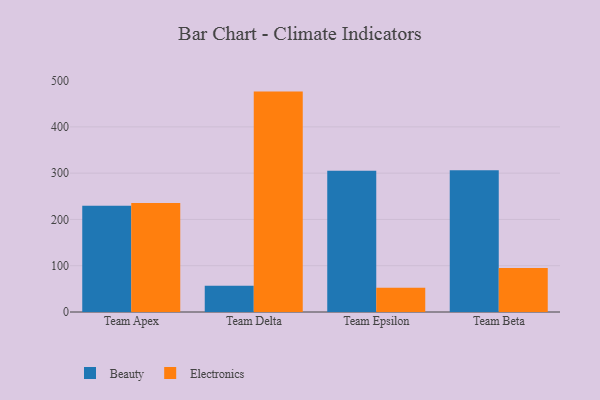
{"axis": {"x": "Team", "y": "Tickets Resolved"}, "legend": ["Beauty", "Electronics"], "data": [{"x": "Team Apex", "y": 229.3, "type": "Beauty"}, {"x": "Team Apex", "y": 235.5, "type": "Electronics"}, {"x": "Team Delta", "y": 56.7, "type": "Beauty"}, {"x": "Team Delta", "y": 476.2, "type": "Electronics"}, {"x": "Team Epsilon", "y": 305.4, "type": "Beauty"}, {"x": "Team Epsilon", "y": 52.5, "type": "Electronics"}, {"x": "Team Beta", "y": 306.5, "type": "Beauty"}, {"x": "Team Beta", "y": 94.9, "type": "Electronics"}]}